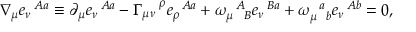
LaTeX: \nabla _ { \mu } e _ { \nu } ^ { \! ~ ~ A a } \equiv \partial _ { \mu } e _ { \nu } ^ { \! ~ ~ A a } - \Gamma _ { \mu \nu } ^ { ~ ~ ~ \rho } e _ { \rho } ^ { \! ~ ~ A a } + \omega _ { \mu ~ ~ B } ^ { \! ~ ~ A } e _ { \nu } ^ { \! ~ ~ B a } + \omega _ { \mu \! ~ ~ b } ^ { \! ~ ~ a } e _ { \nu } ^ { \! ~ ~ A b } = 0 ,